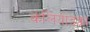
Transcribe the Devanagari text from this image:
कलियोडक्का